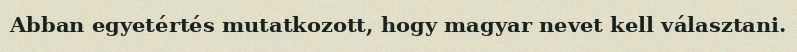
Abban egyetértés mutatkozott, hogy magyar nevet kell választani.